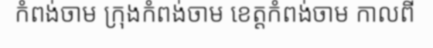
កំពង់ចាម ក្រុងកំពង់ចាម ខេត្តកំពង់ចាម កាលពី